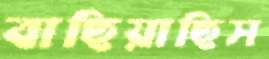
বাছিয়াছিস